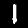
Digit: 1